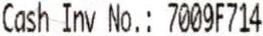
CASH INV NO.: 7009F714